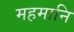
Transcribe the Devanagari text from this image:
महमानि